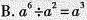
B. $$a^{6} \div a^{2}=a^{3}$$